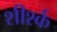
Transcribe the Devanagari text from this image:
शीर्श्क